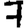
Digit: 7